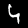
Label: 4